Scottish Leaving Certificate Examination, 1957
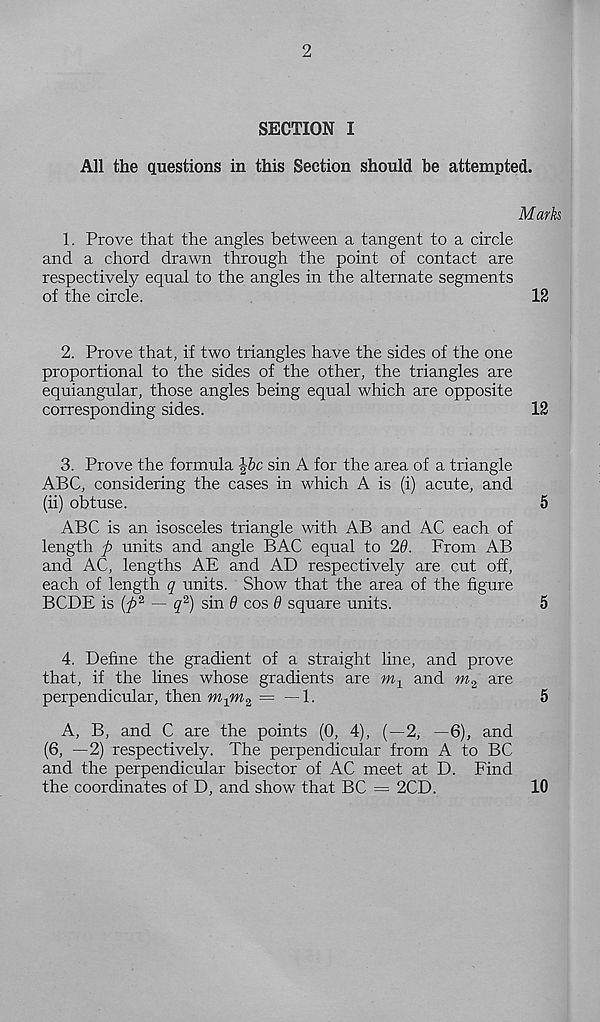
2
SECTION I
All the questions in this Section should be attempted.
Mark
1. Prove that the angles between a tangent to a circle
and a chord drawn through the point of contact are
respectively equal to the angles in the alternate segments
of the circle.
12
2. Prove that, if two triangles have the sides of the one
proportional to the sides of the other, the triangles are
equiangular, those angles being equal which are opposite
corresponding sides.
12
3. Prove the formula J6c sin A for the area of a triangle
ABC, considering the cases in which A is (i) acute, and
(ii) obtuse.
5
ABC is an isosceles triangle with AB and AC each of
length ft units and angle BAC equal to 2d. From AB
and AC, lengths AE and AD respectively are cut off,
each of length q units. Show that the area of the figure
BCDE is {ft 2 ~ q 2 ) sin 6 cos 6 square units.
5
4. Define the gradient of a straight line, and prove
that, if the lines whose gradients are m 1 and m 2 are
perpendicular, then
= — 1.
5
A, B, and C are the points (0, 4), (—2, —6), and
(6, —2) respectively. The perpendicular from A to BC
and the perpendicular bisector of AC meet at D. Find
the coordinates of D, and show that BC = 2CD.
10